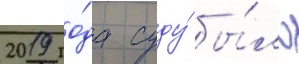
2019 го́да суду́ бы́ло